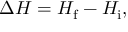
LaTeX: \Delta H = H _ { \mathrm { f } } - H _ { \mathrm { i } } ,